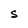
Character: S